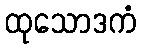
ထုသောဒကံ